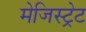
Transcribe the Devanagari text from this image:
मेजिस्ट्रेट